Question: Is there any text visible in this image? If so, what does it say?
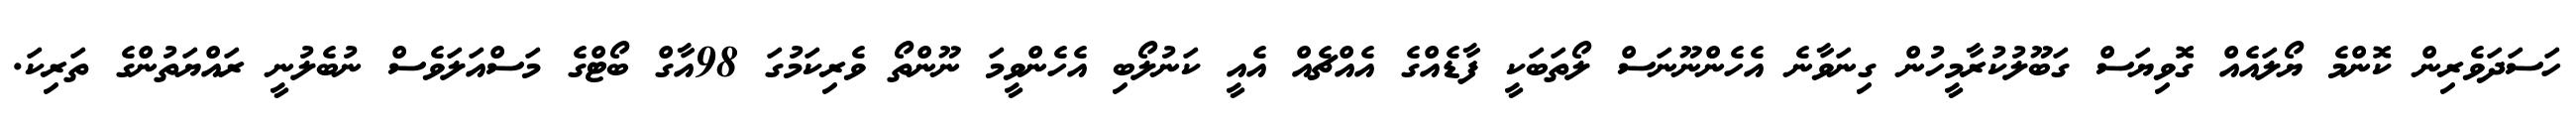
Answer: ހަސަދަވެރިން ކޮންމެ ޔޯލައެއް ގޮވިޔަސް ގަބޫލުކުރާމީހުން ގިނަވާނެ އެހެންނޫނަސް ލޯތަބަކީ ފާޑެއްގެ އެއްޗެއް އެއީ ކަނުލޯބި އެހެންވީމަ ނޫންތޯ ވެރިކަމުގަ 98އާގް ބޯޓްގެ މަސްއަލަވެސް ނުބެލުނީ ރައްޔަތުންގެ ތަރިކަ.